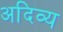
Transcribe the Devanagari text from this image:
अदिव्य